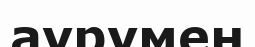
аурумен